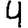
Digit: 4